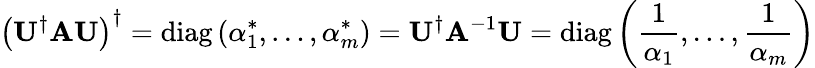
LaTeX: \left(\mathbf{U}^{\dagger}\mathbf{A}\mathbf{U}\right)^{\dagger}=\operatorname{diag}\left(\alpha_{1}^{*},\ldots,\alpha_{m}^{*}\right)=\mathbf{U}^{\dagger}\mathbf{A}^{-1}\mathbf{U}=\operatorname{diag}\left({\frac{1}{\alpha_{1}}},\ldots,{\frac{1}{\alpha_{m}}}\right)